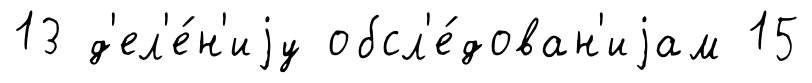
13 д'ел'е́н'иjу обсл'е́дован'иjам 15